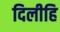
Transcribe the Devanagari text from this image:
दिलीहि